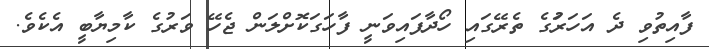
ފާއިތުވި ދެ އަހަރަުގެ ތެރޭގައި ހޯދާފައިވަނީ ފާހަގަކޮށްލަން ޖެހޭ ވަރުގެ ކާމިޔާބީ އެކެވެ.